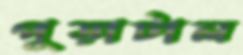
পুড়াটাল